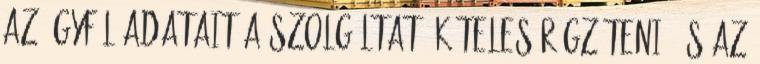
az ügyfél adatait a szolgáltató köteles rögzíteni, és az